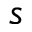
s